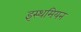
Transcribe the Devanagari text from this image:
इस्थमियन